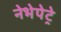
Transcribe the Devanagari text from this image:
नेभेपेट्रे